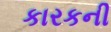
કારકની